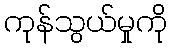
ကုန်သွယ်မှုကို